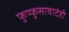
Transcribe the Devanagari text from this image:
फुप्फुसावाटेही